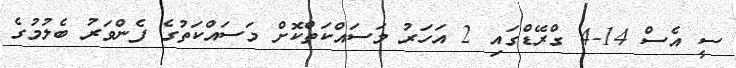
ސީ އެސް 14-4 ގްރޭޑްގައި 2 އަހަރު މަސައްކަތްކޮށް މަސައްކަތުގެ ފެންވަރު ބެލުމުގެ